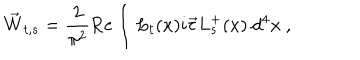
\vec { W } _ { t , s } = \frac { 2 } { \pi ^ { 2 } } \mathrm { R e } \int L _ { t } ( x ) i \vec { \tau } L _ { s } ^ { + } ( x ) ~ d ^ { 4 } x ~ ,